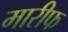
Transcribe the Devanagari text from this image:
मारीफ